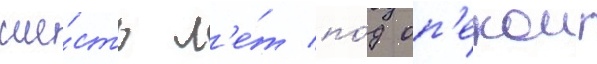
ше́сть л'е́т по́д оп'екои